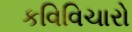
કવિવિચારો